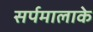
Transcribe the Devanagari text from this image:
सर्पमालाके